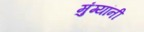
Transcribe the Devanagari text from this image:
मुंग्यांनी